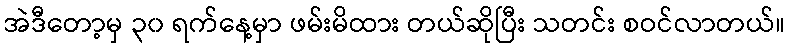
အဲဒီတော့မှ ၃၀ ရက်နေ့မှာ ဖမ်းမိထား တယ်ဆိုပြီး သတင်း စဝင်လာတယ်။